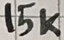
Text: 15K